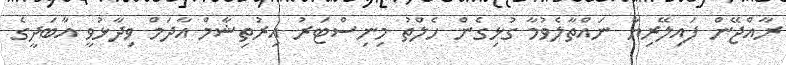
ރާއްޖޭން ފައިލޭރިޔާ ނައްތާލެވުމާ ގުޅިގެން ހެލްތު މިނިސްޓަރު އިރުތިޝާމް އާދަމް ވިދާޅުވީ އާބަދީގެ